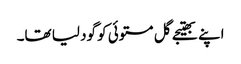
اپنے بھتیجے گل مستوئی کو گود لیا تھا۔